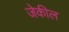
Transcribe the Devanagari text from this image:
जेकील